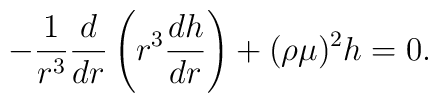
-\frac{1}{r^3}\frac{d}{dr}\left(r^3\frac{dh}{dr}\right)+(\rho\mu)^2h=0.